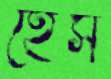
হেস